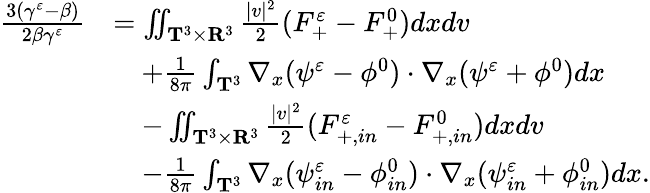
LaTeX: \begin{array}{rl}{\frac{3(\gamma^{\varepsilon}-\beta)}{2\beta\gamma^{\varepsilon}}}&{=\iint_{\mathbf T^{3}\times\mathbf R^{3}}\frac{|v|^{2}}{2}(F_{+}^{\varepsilon}-F_{+}^{0})dxdv}\\ &{\quad+\frac{1}{8\pi}\int_{\mathbf T^{3}}\nabla_{x}(\psi^{\varepsilon}-\phi^{0})\cdot\nabla_{x}(\psi^{\varepsilon}+\phi^{0})dx}\\ &{\quad-\iint_{\mathbf T^{3}\times\mathbf R^{3}}\frac{|v|^{2}}{2}(F_{+,in}^{\varepsilon}-F_{+,in}^{0})dxdv}\\ &{\quad-\frac{1}{8\pi}\int_{\mathbf T^{3}}\nabla_{x}(\psi_{in}^{\varepsilon}-\phi_{in}^{0})\cdot\nabla_{x}(\psi_{in}^{\varepsilon}+\phi_{in}^{0})dx.}\end{array}